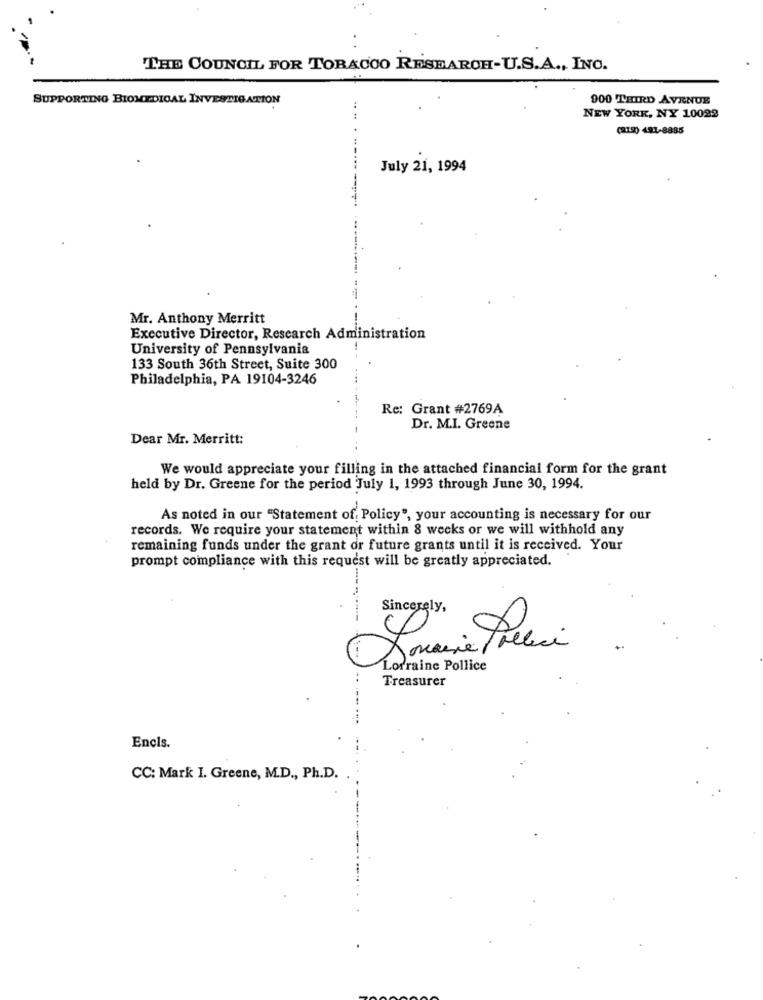
THE COUNCIL FOR TOBACCO RESEARCH-U.S.A ., INO.
SUPPORTING BIOMEDICAL INVESTIGATION
900 THIRD AVENUE
... .
NEW YORK, NY 10022
(212) 491-8885
July 21, 1994
------
Mr. Anthony Merritt
Executive Director, Research Administration
University of Pennsylvania
133 South 36th Street, Suite 300
Philadelphia, PA 19104-3246
Rc: Grant #2769A
Dr. M.I. Greene
Dear Mr. Merritt:
We would appreciate your filling in the attached financial form for the grant
held by Dr. Greene for the period July 1, 1993 through June 30, 1994.
As noted in our "Statement of, Policy", your accounting is necessary for our
records. We require your statement within 8 weeks or we will withhold any
remaining funds under the grant or future grants until it is received. Your
prompt compliance with this request will be greatly appreciated.
Sincerely,
Lorraine Pollice
Treasurer
Encis.
CC: Mark I. Greene, M.D ., Ph.D.